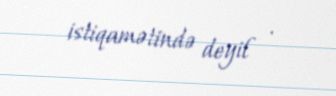
istiqamətində deyil .